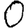
Digit: 0